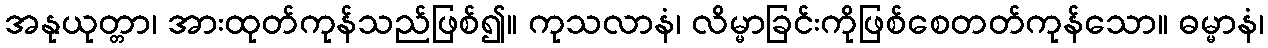
အနုယုတ္တာ၊ အားထုတ်ကုန်သည်ဖြစ်၍။ ကုသလာနံ၊ လိမ္မာခြင်းကိုဖြစ်စေတတ်ကုန်သော။ ဓမ္မာနံ၊